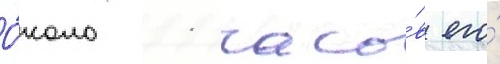
О́коло 11 часо́в его́